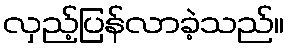
လှည့်ပြန်လာခဲ့သည်။